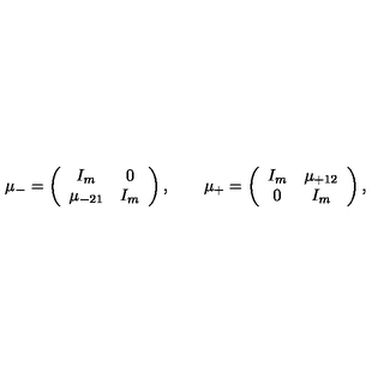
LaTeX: \mu _ { - } = \left( \begin{array} { c c } { I _ { m } } & { 0 } \\ { \mu _ { - 2 1 } } & { I _ { m } } \\ \end{array} \right) , \qquad \mu _ { + } = \left( \begin{array} { c c } { I _ { m } } & { \mu _ { + 1 2 } } \\ { 0 } & { I _ { m } } \\ \end{array} \right) ,